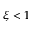
\xi < 1